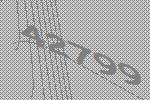
42799